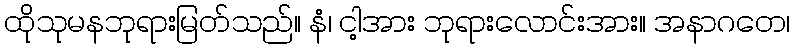
ထိုသုမနဘုရားမြတ်သည်။ နံ၊ ငါ့အား ဘုရားလောင်းအား။ အနာဂတေ၊